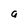
Character: a